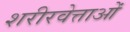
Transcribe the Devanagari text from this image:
शरीरवेत्ताओं